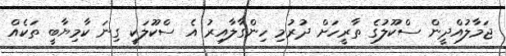
ޖަމާލުއްދީން ސްކޫލުގެ ތާރީހަށް ދުރުމި ހިންގާލާއިރު އެ ސްކޫލަކީ ގިނަ ކާމިޔާބީ ތަކެއް